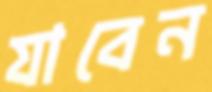
যাবেন